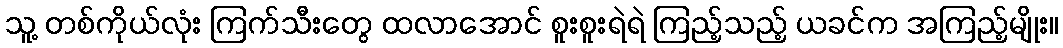
သူ့ တစ်ကိုယ်လုံး ကြက်သီးတွေ ထလာအောင် စူးစူးရဲရဲ ကြည့်သည့် ယခင်က အကြည့်မျိုး။